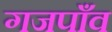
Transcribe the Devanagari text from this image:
गजपाँव